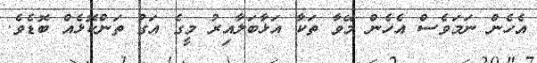
އެހެން ނަމަވެސް އެހެން މޭވާ ތަކާ އަޅާބަލާއިރު މީގެ އަގު ތަންކޮޅެއް ބޮޑެވެ.